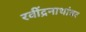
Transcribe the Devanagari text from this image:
रवींद्रनाथांवर